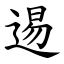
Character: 逷